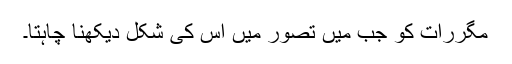
مگررات کو جب میں تصور میں اس کی شکل دیکھنا چاہتا۔